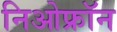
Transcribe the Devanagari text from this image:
निओफ्रॉन